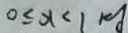
0 \leq x < 1 k g